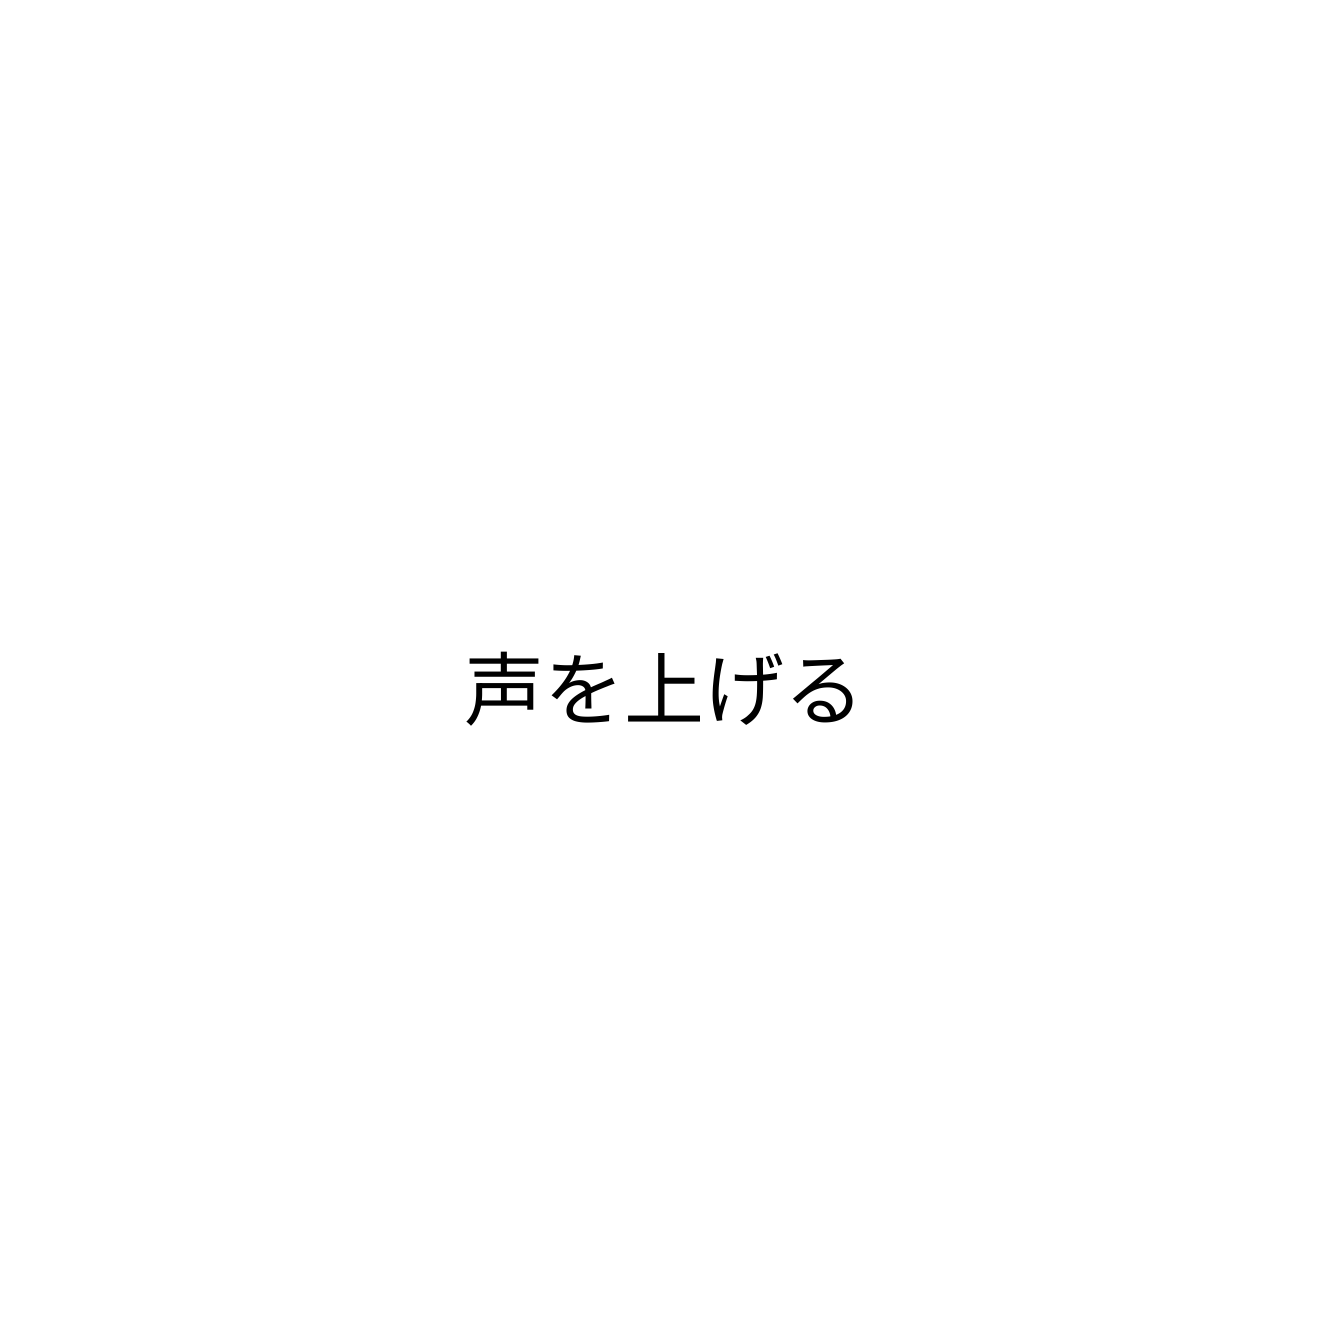
声を上げる